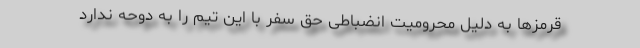
قرمزها به دلیل محرومیت انضباطی حق سفر با این تیم را به دوحه ندارد